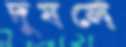
দুষলে